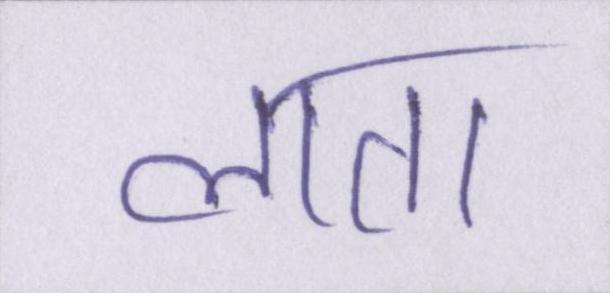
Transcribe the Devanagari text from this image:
लाता